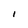
Character: i